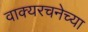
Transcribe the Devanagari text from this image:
वाक्यरचनेच्या